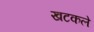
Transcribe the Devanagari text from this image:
खटकले